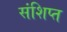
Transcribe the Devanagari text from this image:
संशिप्त